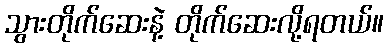
သွားတိုက်ဆေးနဲ့ တိုက်ဆေးလို့ရတယ်။